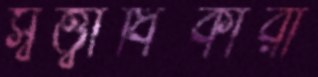
স্বত্ত্বাধিকারী